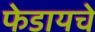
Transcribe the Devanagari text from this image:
फेडायचे